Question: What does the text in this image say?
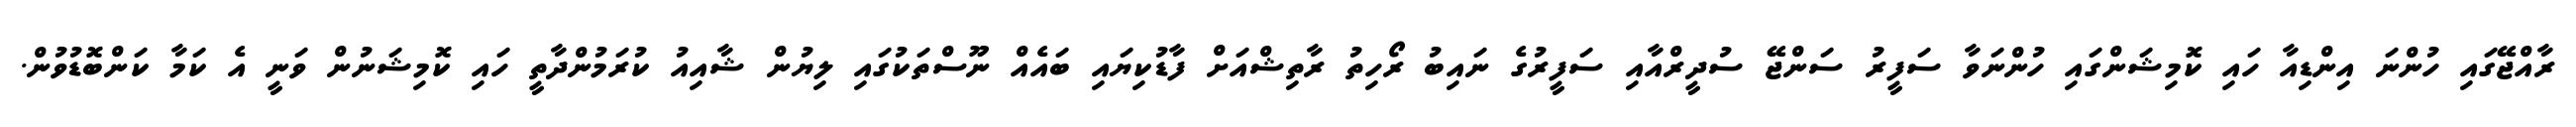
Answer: ރާއްޖޭގައި ހުންނަ އިންޑިއާ ހައި ކޮމިޝަންގައި ހުންނަވާ ސަފީރު ސަންޖޭ ސުދީރްއާއި ސަފީރުގެ ނައިބު ރޯހިތު ރާތިޝްއަށް ފާޑުކިޔައި ބައެއް ނޫސްތަކުގައި ލިޔުން ޝާއިއު ކުރަމުންދާތީ ހައި ކޮމިޝަނުން ވަނީ އެ ކަމާ ކަންބޮޑުވުން.